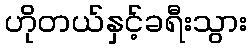
ဟိုတယ်နှင့်ခရီးသွား